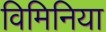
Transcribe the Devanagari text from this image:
विमिनिया